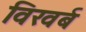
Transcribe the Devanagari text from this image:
विखर्ब